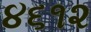
૪૬૧૨